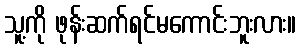
သူ့ကို ဖုန်းဆက်ရင်မကောင်းဘူးလား။